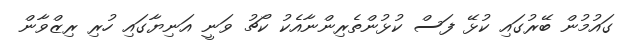
ގައުމުން ބޭރުގައި ކުޅޭ ފަސް ކުޅުންތެރިންނާއެކު ކޯޗު ވަނީ އަނިޔާގައި ހުރި ރިޒްވާން